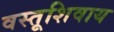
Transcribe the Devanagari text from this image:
वस्तूशिवाय